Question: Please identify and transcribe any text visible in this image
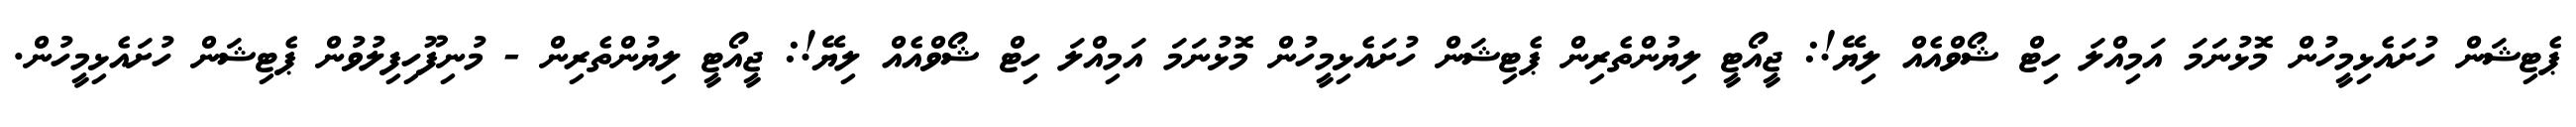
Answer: ޕެޓިޝަން ހުށައެޅިމީހުން މޮޅުނަމަ އަމިއްލަ ހިޓް ޝޯވްއެއް ލިޔޭ!: ޖީއޯޓީ ލިޔުންތެރިން ޕެޓިޝަން ހުށައެޅިމީހުން މޮޅުނަމަ އަމިއްލަ ހިޓް ޝޯވްއެއް ލިޔޭ!: ޖީއޯޓީ ލިޔުންތެރިން - މުނިފޫހިފިލުވުން ޕެޓިޝަން ހުށައެޅިމީހުން.